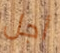
أجل